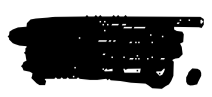
Text: 1915.
Cross-out: scratch
Writing tool: digital_black